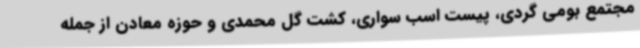
مجتمع بومی گردی، پیست اسب سواری، کشت گل محمدی و حوزه معادن از جمله